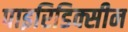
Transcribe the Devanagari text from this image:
पाइरिडिक्सीन